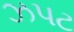
ઝપટ